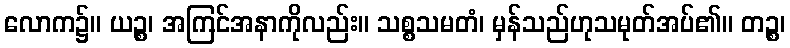
လောက၌။ ယဉ္စ၊ အကြင်အနာကိုလည်း။ သစ္စသမတံ၊ မှန်သည်ဟုသမုတ်အပ်၏။ တဉ္စ၊